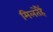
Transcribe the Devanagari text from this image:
मिलतेहैं